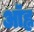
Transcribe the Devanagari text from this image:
ऑह्न